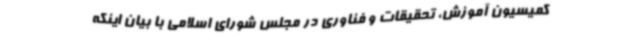
کمیسیون آموزش، تحقیقات و فناوری در مجلس شورای اسلامی با بیان اینکه